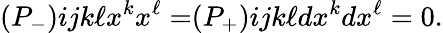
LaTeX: \begin{array}{l}{{(P_{-})}}\end{array}{ij}{k\ell}x^{k}x^{\ell}=\begin{array}{l}{{(P_{+})}}\end{array}{ij}{k\ell}dx^{k}dx^{\ell}=0.